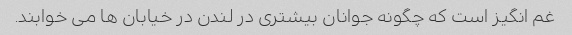
غم انگیز است که چگونه جوانان بیشتری در لندن در خیابان ها می خوابند.